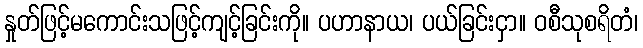
နှုတ်ဖြင့်မကောင်းသဖြင့်ကျင့်ခြင်းကို။ ပဟာနာယ၊ ပယ်ခြင်းငှာ။ ဝစီသုစရိတံ၊